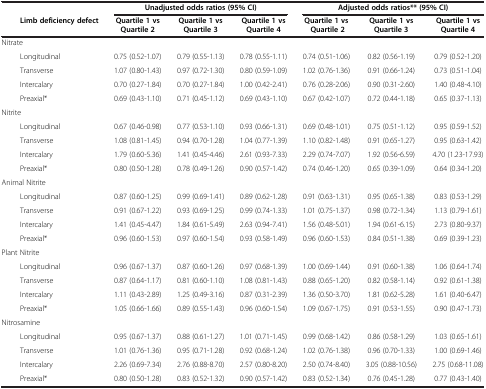
<table><thead><tr><td><b> </b></td><td><b> </b></td><td colspan="3"><b>Unadjusted odds ratios (95% CI)</b></td><td colspan="3"><b>Adjusted odds ratios** (95% CI)</b></td></tr><tr><td><b> </b></td><td><b>Limb deficiency defect</b></td><td><b>Quartile 1 vs Quartile 2</b></td><td><b>Quartile 1 vs Quartile 3</b></td><td><b>Quartile 1 vs Quartile 4</b></td><td><b>Quartile 1 vs Quartile 2</b></td><td><b>Quartile 1 vs Quartile 3</b></td><td><b>Quartile 1 vs Quartile 4</b></td></tr></thead><tbody><tr><td colspan="2">Nitrate</td><td> </td><td> </td><td> </td><td> </td><td> </td><td> </td></tr><tr><td> </td><td>Longitudinal</td><td>0.75 (0.52-1.07)</td><td>0.79 (0.55-1.13)</td><td>0.78 (0.55-1.11)</td><td>0.74 (0.51-1.06)</td><td>0.82 (0.56-1.19)</td><td>0.79 (0.52-1.20)</td></tr><tr><td> </td><td>Transverse</td><td>1.07 (0.80-1.43)</td><td>0.97 (0.72-1.30)</td><td>0.80 (0.59-1.09)</td><td>1.02 (0.76-1.36)</td><td>0.91 (0.66-1.24)</td><td>0.73 (0.51-1.04)</td></tr><tr><td> </td><td>Intercalary</td><td>0.70 (0.27-1.84)</td><td>0.70 (0.27-1.84)</td><td>1.00 (0.42-2.41)</td><td>0.76 (0.28-2.06)</td><td>0.90 (0.31-2.60)</td><td>1.40 (0.48-4.10)</td></tr><tr><td> </td><td>Preaxial*</td><td>0.69 (0.43-1.10)</td><td>0.71 (0.45-1.12)</td><td>0.69 (0.43-1.10)</td><td>0.67 (0.42-1.07)</td><td>0.72 (0.44-1.18)</td><td>0.65 (0.37-1.13)</td></tr><tr><td colspan="2">Nitrite</td><td> </td><td> </td><td> </td><td> </td><td> </td><td> </td></tr><tr><td> </td><td>Longitudinal</td><td>0.67 (0.46-0.98)</td><td>0.77 (0.53-1.10)</td><td>0.93 (0.66-1.31)</td><td>0.69 (0.48-1.01)</td><td>0.75 (0.51-1.12)</td><td>0.95 (0.59-1.52)</td></tr><tr><td> </td><td>Transverse</td><td>1.08 (0.81-1.45)</td><td>0.94 (0.70-1.28)</td><td>1.04 (0.77-1.39)</td><td>1.10 (0.82-1.48)</td><td>0.91 (0.65-1.27)</td><td>0.95 (0.63-1.42)</td></tr><tr><td> </td><td>Intercalary</td><td>1.79 (0.60-5.36)</td><td>1.41 (0.45-4.46)</td><td>2.61 (0.93-7.33)</td><td>2.29 (0.74-7.07)</td><td>1.92 (0.56-6.59)</td><td>4.70 (1.23-17.93)</td></tr><tr><td> </td><td>Preaxial*</td><td>0.80 (0.50-1.28)</td><td>0.78 (0.49-1.26)</td><td>0.90 (0.57-1.42)</td><td>0.74 (0.46-1.20)</td><td>0.65 (0.39-1.09)</td><td>0.64 (0.34-1.20)</td></tr><tr><td colspan="2">Animal Nitrite</td><td> </td><td> </td><td> </td><td> </td><td> </td><td> </td></tr><tr><td> </td><td>Longitudinal</td><td>0.87 (0.60-1.25)</td><td>0.99 (0.69-1.41)</td><td>0.89 (0.62-1.28)</td><td>0.91 (0.63-1.31)</td><td>0.95 (0.65-1.38)</td><td>0.83 (0.53-1.29)</td></tr><tr><td> </td><td>Transverse</td><td>0.91 (0.67-1.22)</td><td>0.93 (0.69-1.25)</td><td>0.99 (0.74-1.33)</td><td>1.01 (0.75-1.37)</td><td>0.98 (0.72-1.34)</td><td>1.13 (0.79-1.61)</td></tr><tr><td> </td><td>Intercalary</td><td>1.41 (0.45-4.47)</td><td>1.84 (0.61-5.49)</td><td>2.63 (0.94-7.41)</td><td>1.56 (0.48-5.01)</td><td>1.94 (0.61-6.15)</td><td>2.73 (0.80-9.37)</td></tr><tr><td> </td><td>Preaxial*</td><td>0.96 (0.60-1.53)</td><td>0.97 (0.60-1.54)</td><td>0.93 (0.58-1.49)</td><td>0.96 (0.60-1.53)</td><td>0.84 (0.51-1.38)</td><td>0.69 (0.39-1.23)</td></tr><tr><td colspan="2">Plant Nitrite</td><td> </td><td> </td><td> </td><td> </td><td> </td><td> </td></tr><tr><td> </td><td>Longitudinal</td><td>0.96 (0.67-1.37)</td><td>0.87 (0.60-1.26)</td><td>0.97 (0.68-1.39)</td><td>1.00 (0.69-1.44)</td><td>0.91 (0.60-1.38)</td><td>1.06 (0.64-1.74)</td></tr><tr><td> </td><td>Transverse</td><td>0.87 (0.64-1.17)</td><td>0.81 (0.60-1.10)</td><td>1.08 (0.81-1.43)</td><td>0.88 (0.65-1.20)</td><td>0.82 (0.58-1.14)</td><td>0.92 (0.61-1.38)</td></tr><tr><td> </td><td>Intercalary</td><td>1.11 (0.43-2.89)</td><td>1.25 (0.49-3.16)</td><td>0.87 (0.31-2.39)</td><td>1.36 (0.50-3.70)</td><td>1.81 (0.62-5.28)</td><td>1.61 (0.40-6.47)</td></tr><tr><td> </td><td>Preaxial*</td><td>1.05 (0.66-1.66)</td><td>0.89 (0.55-1.43)</td><td>0.96 (0.60-1.54)</td><td>1.09 (0.67-1.75)</td><td>0.91 (0.53-1.55)</td><td>0.90 (0.47-1.73)</td></tr><tr><td colspan="2">Nitrosamine</td><td> </td><td> </td><td> </td><td> </td><td> </td><td> </td></tr><tr><td> </td><td>Longitudinal</td><td>0.95 (0.67-1.37)</td><td>0.88 (0.61-1.27)</td><td>1.01 (0.71-1.45)</td><td>0.99 (0.68-1.42)</td><td>0.86 (0.58-1.29)</td><td>1.03 (0.65-1.61)</td></tr><tr><td> </td><td>Transverse</td><td>1.01 (0.76-1.36)</td><td>0.95 (0.71-1.28)</td><td>0.92 (0.68-1.24)</td><td>1.02 (0.76-1.38)</td><td>0.96 (0.70-1.33)</td><td>1.00 (0.69-1.46)</td></tr><tr><td> </td><td>Intercalary</td><td>2.26 (0.69-7.34)</td><td>2.76 (0.88-8.70)</td><td>2.57 (0.80-8.20)</td><td>2.50 (0.74-8.40)</td><td>3.05 (0.88-10.56)</td><td>2.75 (0.68-11.08)</td></tr><tr><td> </td><td>Preaxial*</td><td>0.80 (0.50-1.28)</td><td>0.83 (0.52-1.32)</td><td>0.90 (0.57-1.42)</td><td>0.83 (0.52-1.34)</td><td>0.76 (0.45-1.28)</td><td>0.77 (0.43-1.40)</td></tr></tbody></table>